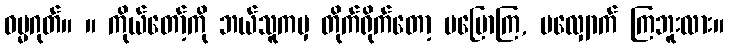
ဓမ္မဂုတ်။ ။ ကိုယ်တော့်ကို ဘယ်သူကမှ တိုက်ရိုက်တော့ မပြောကြ, မလျှောက် ကြဘူးလား။